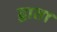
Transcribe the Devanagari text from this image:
द्वाता